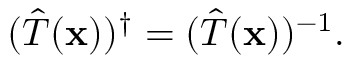
( { \hat { T } } ( \mathbf { x } ) ) ^ { \dagger } = ( { \hat { T } } ( \mathbf { x } ) ) ^ { - 1 } .